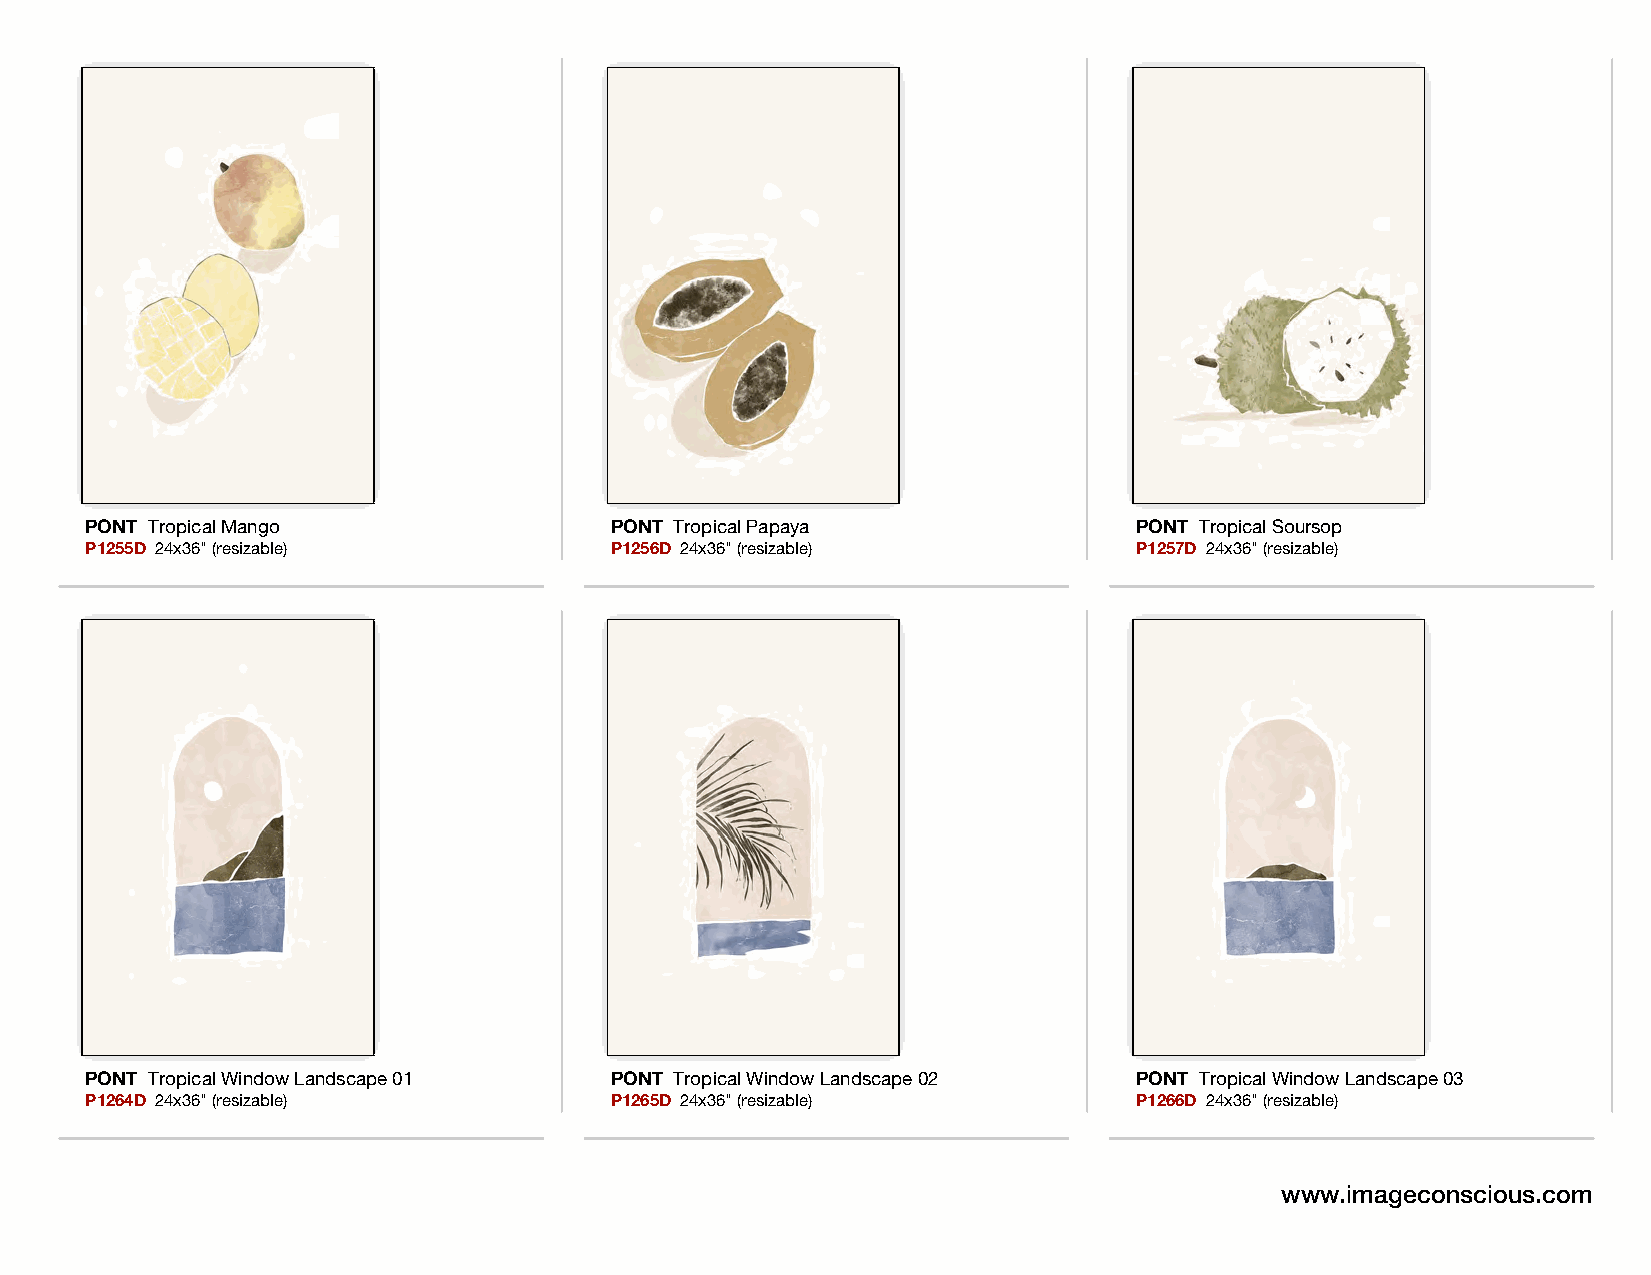
PONT Tropical Mango               PONT Tropical Papaya               PONT Tropical Soursop
 P1255D 24x36" (resizable)         P1256D 24x36" (resizable)          P1257D 24x36" (resizable)
 PONT Tropical Window Landscape 01 PONT Tropical Window Landscape 02  PONT Tropical Window Landscape 03
 P1264D 24x36" (resizable)         P1265D 24x36" (resizable)          P1266D 24x36" (resizable)
 www.imageconscious.com